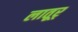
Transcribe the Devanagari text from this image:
लातूर्